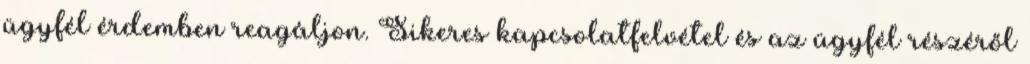
ügyfél érdemben reagáljon. Sikeres kapcsolatfelvétel és az ügyfél részéről